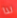
لذا